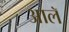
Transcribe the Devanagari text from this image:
आलॅ